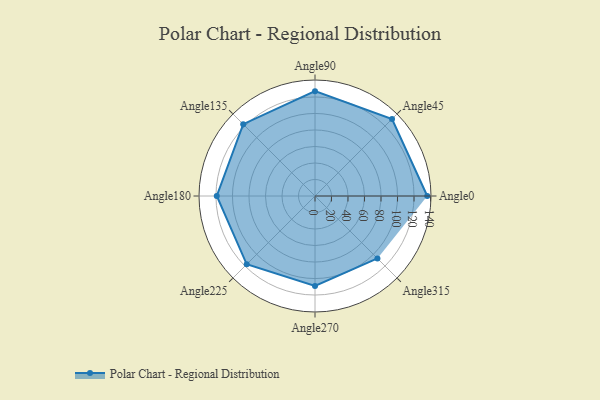
{"axis": {"x": "Angle", "y": "Radius"}, "legend": [""], "data": [{"x": "Angle0", "y": 136.0, "type": ""}, {"x": "Angle45", "y": 132.0, "type": ""}, {"x": "Angle90", "y": 127.0, "type": ""}, {"x": "Angle135", "y": 123.0, "type": ""}, {"x": "Angle180", "y": 119.0, "type": ""}, {"x": "Angle225", "y": 117.0, "type": ""}, {"x": "Angle270", "y": 109.0, "type": ""}, {"x": "Angle315", "y": 107.0, "type": ""}]}